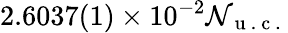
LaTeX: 2.6037(1)\times10^{-2}\mathcal{N}_{\mathrm{{~u~.~c~.~}}}